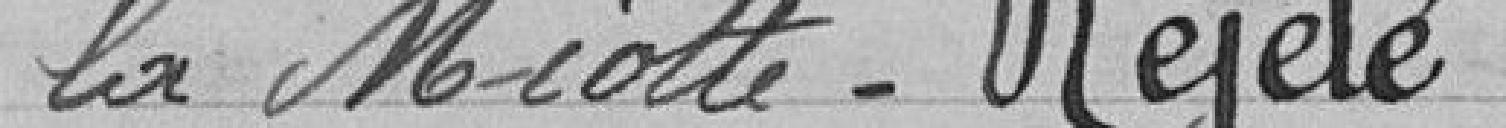
la Miotte. Rejeté.